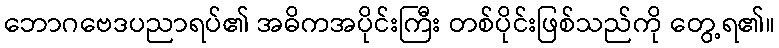
ဘောဂဗေဒပညာရပ်၏ အဓိကအပိုင်းကြီး တစ်ပိုင်းဖြစ်သည်ကို တွေ့ရ၏။